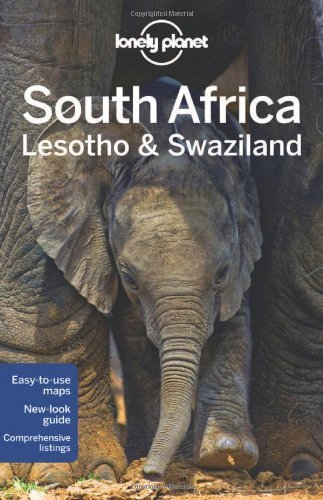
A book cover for Lonely Planet South Africa, Lesotho & Swaziland (Travel Guide) by Lonely Planet, Bainbridge, James, Armstrong, Kate, Corne, Lu (2012) Paperback; Travel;